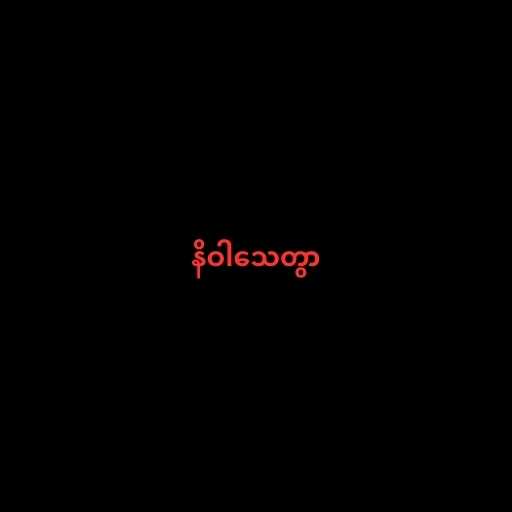
နိဝါသေတွာ